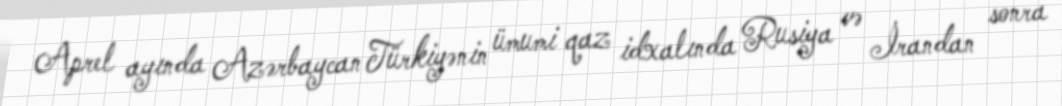
Aprel ayında Azərbaycan Türkiyənin ümumi qaz idxalında Rusiya və İrandan sonra